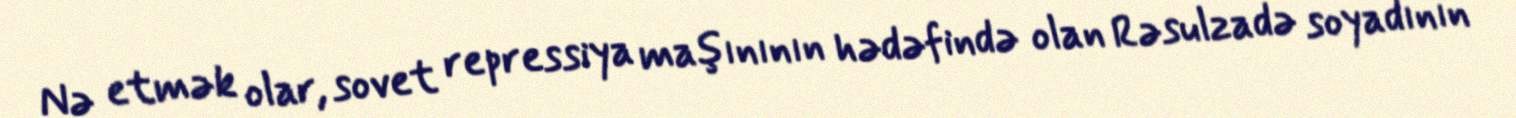
Nə etmək olar, sovet repressiya maşınının hədəfində olan Rəsulzadə soyadının